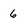
Character: 6